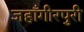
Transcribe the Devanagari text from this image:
जहाँगीरपुरी